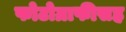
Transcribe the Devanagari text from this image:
फोटोग्राफीसह